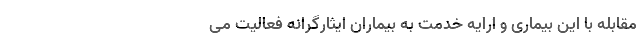
مقابله با این بیماری و ارایه خدمت به بیماران ایثارگرانه فعالیت می